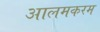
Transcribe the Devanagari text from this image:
आलमकरम